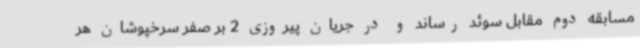
مسابقه دوم مقابل سوئد رساند و در جریان پیروزی 2 بر صفر سرخپوشان هر